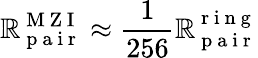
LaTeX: \mathbb{R}_{\mathrm{{~p~a~i~r~}}}^{\mathrm{{~M~Z~I~}}}\approx\frac{{1}}{{256}}\mathbb{R}_{\mathrm{{~p~a~i~r~}}}^{\mathrm{{~r~i~n~g~}}}